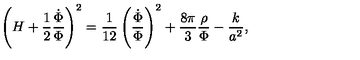
\left( H + { \frac { 1 } { 2 } } { \frac { \dot { \Phi } } { \Phi } } \right) ^ { 2 } = { \frac { 1 } { 1 2 } } \left( { \frac { \dot { \Phi } } { \Phi } } \right) ^ { 2 } + { \frac { 8 \pi } { 3 } } { \frac { \rho } { \Phi } } - { \frac { k } { a ^ { 2 } } } ,